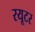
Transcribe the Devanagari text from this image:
रयूटर